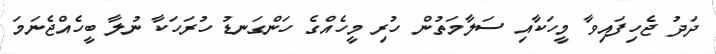
ދަދު ޖެހިފައިވާ މީހަކާއި ސަލާމަތުން ހުރި މީހެއްގެ ހަންގަނޑު ހުރަހަކާ ނުލާ ބީހެއްޖެނަމަ